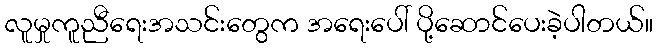
လူမှုကူညီရေးအသင်းတွေက အရေးပေါ် ပို့ဆောင်ပေးခဲ့ပါတယ်။